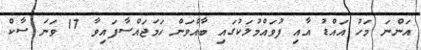
އަންނަ މަހު އައްޑު އާއި ފުވައްމުލަކުގައި ބާއްވަން ހަމަޖައްސާފައިވާ 17 ވަނަ ސާކް